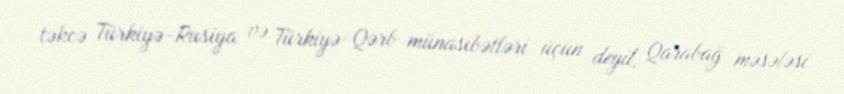
təkcə Türkiyə-Rusiya və Türkiyə-Qərb münasibətləri üçün deyil, Qarabağ məsələsi